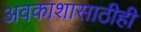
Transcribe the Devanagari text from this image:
अवकाशासाठीही